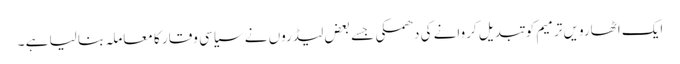
ایک اٹھارویں ترمیم کو تبدیل کروانے کی دھمکی جسے بعض لیڈروں نے سیاسی وقار کا معاملہ بنا لیا ہے ۔